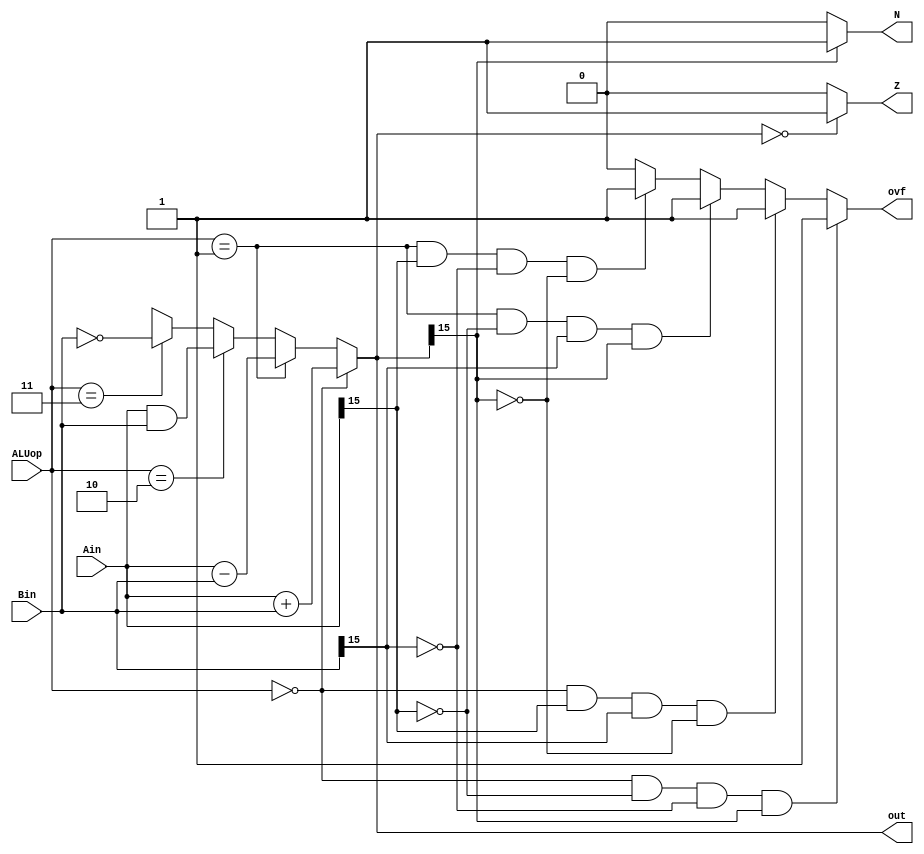

module ALU(Ain,Bin,ALUop,out,Z,ovf,N);//2
 input [1:0] ALUop;
 input [15:0] Ain, Bin;
 output reg [15:0] out;
 output reg Z, N;
 output reg ovf;
 
 always @(*) begin
  out=16'bxxxxxxxxxxxxxxxx;
  if(ALUop==2'b00) begin
   out=Ain+Bin;
  end
  else if(ALUop==2'b01)
   out=Ain-Bin;
  else if(ALUop==2'b10) 
   out=Ain&Bin;
  else if(ALUop==2'b11) 
   out=~Bin;
 end
 always @(out) begin
  if(out==16'b0000000000000000)
   Z=1'b1;
  else 
   Z=1'b0;
 end

 always @(out) begin
  if(ALUop==2'b00&&Ain[15]==1'b0&&Bin[15]==1'b0&&out[15]==1'b1)
   ovf=1'b1;
  else if(ALUop==2'b00&&Ain[15]==1'b1&&Bin[15]==1'b1&&out[15]==1'b0)
   ovf=1'b1;
  else if(ALUop==2'b01&&Ain[15]==1'b0&&Bin[15]==1'b1&&out[15]==1'b1)
   ovf=1'b1;
  else if(ALUop==2'b01&&Ain[15]==1'b1&&Bin[15]==1'b0&&out[15]==1'b0)
   ovf=1'b1;
  else
   ovf=1'b0;
 end
 
 always @(out) begin
  if(out[15]==1'b1)
   N=1'b1;
  else 
   N=1'b0;
 end


endmodule